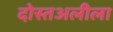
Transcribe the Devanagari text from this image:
दोस्तअलीला